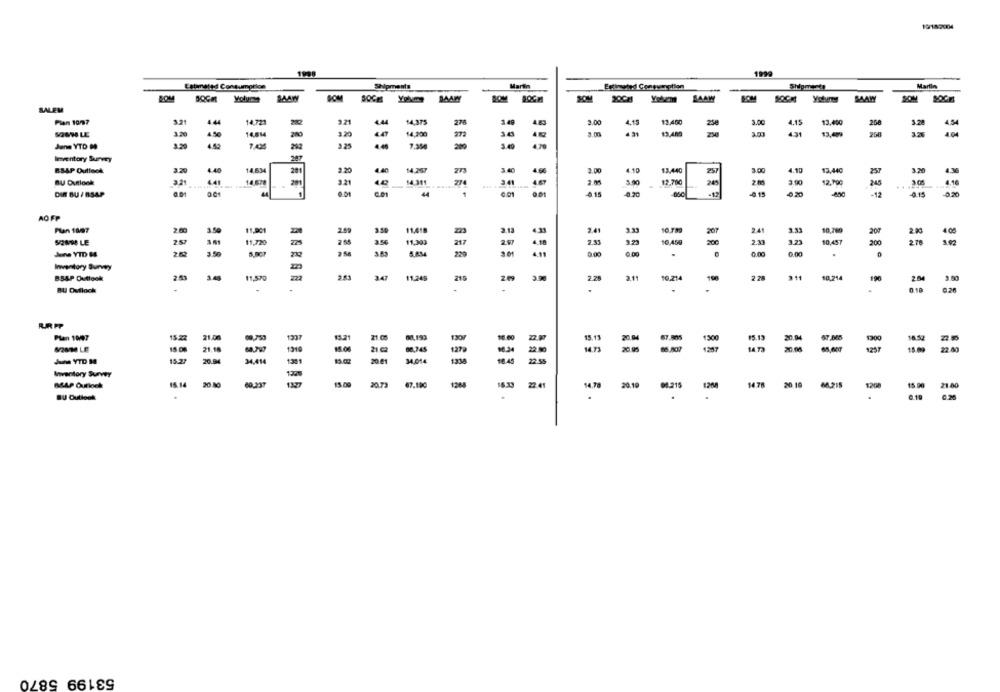
19/18:2004
1999
Estimated Consumption
Martin
Martin
BAAN
SAAW
BOM
Volume
SAAW
BOM
20Cal
Yolem SAAM
SOM
DOCE
SALEM
Pian 1077
3.21
4.4
14,723
9.21
14,375
1 49
3.00
4.15
13.400
250
3.00
4.15
13,400
3.28
45
3.20
14,200
341
3.m
13,409
14.814
m
431
13.All
3.00
431
258
June YTD 00
7.356
3.49
Inventory Survey
BSAP Outlook
3.20
4.40
14.634
201
2.20
4.40
14.267
273
4.66
4.10
13.440
4.10
13,440
251
3.00
3.90
BU Outlook
14.678
3.21
442
14.311
12.700
245
44
1
-17
.0.20
-12
-0.20
DIN BU / BSAP
AO FP
Plan 18/07
11-901
2.41
3.33
10.789
241
11
10,760
3.59
2.59
200
200
4.00
52818 LE
253
225
2.33
10.459
200
2.30
3.23
10,457
3.02
11/20
260
217
20
Jene YTD &4
359
220
0.00
0.00
.
Inventory Survey
3.44
11,570
2.25
2.11
10.214
10,214
BSAP Outlook
AGRAN
347
11.249
215
190
BU Ouflock
.
Plen 1007
15.22
123
21 0
2.0
21.00
15.15
1500
14.3
20.05
22.60
J YTD M
15.27
21.18
-
20.86
1301
2081
34,014
22.35
Inventory Survey
1220
ASAP Outlock
15.14
20 M
60.237
1327
11.09
20.73
22.41
20.10
08.215
1200
14 7
20 10
$200
14.70
15.00
53199 5870